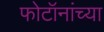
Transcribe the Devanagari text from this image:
फोटॉनांच्या